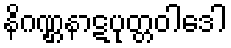
နိဂဏ္ဌနာဋပုတ္တဝါဒေါ